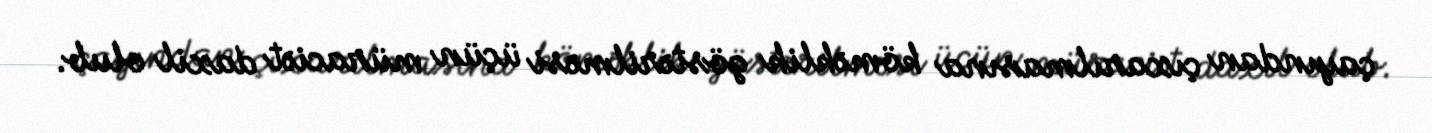
çayından çıxarılmasına köməklik göstərilməsi üçün müraciət daxil olub.